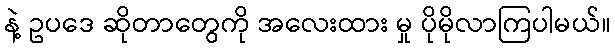
နဲ့ ဥပဒေ ဆိုတာတွေကို အလေးထား မှု ပိုမိုလာကြပါမယ်။